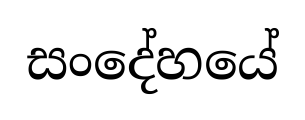
සංදේහයේ